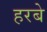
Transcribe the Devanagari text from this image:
हरबे